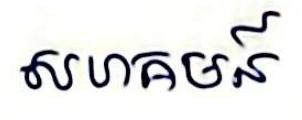
សហគមន៍